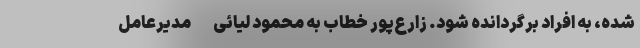
شده، به افراد برگردانده شود. زارع‌پور خطاب به محمود لیائی -مدیرعامل